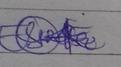
Signature authenticity: genuine